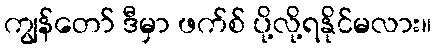
ကျွန်တော် ဒီမှာ ဖက်စ် ပို့လို့ရနိုင်မလား။